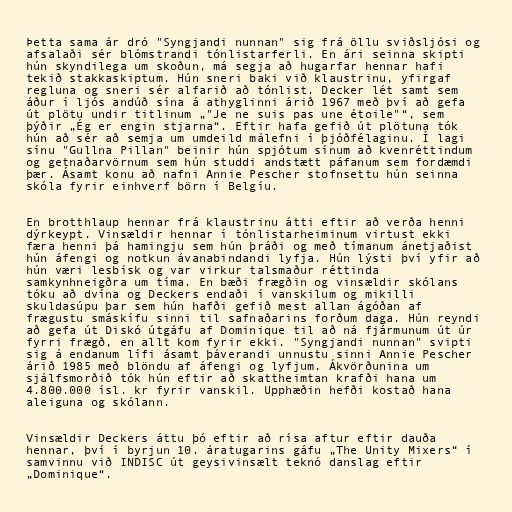
Þetta sama ár dró "Syngjandi nunnan" sig frá öllu sviðsljósi og
afsalaði sér blómstrandi tónlistarferli. En ári seinna skipti
hún skyndilega um skoðun, má segja að hugarfar hennar hafi
tekið stakkaskiptum. Hún sneri baki við klaustrinu, yfirgaf
regluna og sneri sér alfarið að tónlist. Decker lét samt sem
áður í ljós andúð sína á athyglinni árið 1967 með því að gefa
út plötu undir titlinum „"Je ne suis pas une étoile"“, sem
þýðir „Ég er engin stjarna“. Eftir hafa gefið út plötuna tók
hún að sér að semja um umdeild málefni í þjóðfélaginu. Í lagi
sínu "Gullna Pillan" beinir hún spjótum sínum að kvenréttindum
og getnaðarvörnum sem hún studdi andstætt páfanum sem fordæmdi
þær. Ásamt konu að nafni Annie Pescher stofnsettu hún seinna
skóla fyrir einhverf börn í Belgíu.

En brotthlaup hennar frá klaustrinu átti eftir að verða henni
dýrkeypt. Vinsældir hennar í tónlistarheiminum virtust ekki
færa henni þá hamingju sem hún þráði og með tímanum ánetjaðist
hún áfengi og notkun ávanabindandi lyfja. Hún lýsti því yfir að
hún væri lesbísk og var virkur talsmaður réttinda
samkynhneigðra um tíma. En bæði frægðin og vinsældir skólans
tóku að dvína og Deckers endaði í vanskilum og mikilli
skuldasúpu þar sem hún hafði gefið mest allan ágóðan af
frægustu smáskífu sinni til safnaðarins forðum daga. Hún reyndi
að gefa út Diskó útgáfu af Dominique til að ná fjármunum út úr
fyrri frægð, en allt kom fyrir ekki. "Syngjandi nunnan" svipti
sig á endanum lífi ásamt þáverandi unnustu sinni Annie Pescher
árið 1985 með blöndu af áfengi og lyfjum. Ákvörðunina um
sjálfsmorðið tók hún eftir að skattheimtan krafði hana um
4.800.000 ísl. kr fyrir vanskil. Upphæðin hefði kostað hana
aleiguna og skólann.

Vinsældir Deckers áttu þó eftir að rísa aftur eftir dauða
hennar, því í byrjun 10. áratugarins gáfu „The Unity Mixers“ í
samvinnu við INDISC út geysivinsælt teknó danslag eftir
„Dominique“.